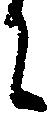
に